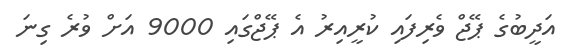
އަދީބުގެ ޕޭޖް ވެރިފައި ކުރީއިރު އެ ޕޭޖްގައި 9000 އަށް ވުރެ ގިނަ